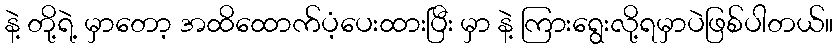
နဲ့ တို့ရဲ့ မှာတော့ အထိထောက်ပံ့ပေးထားပြီး မှာ နဲ့ ကြားရွေးလို့ရမှာပဲဖြစ်ပါတယ်။